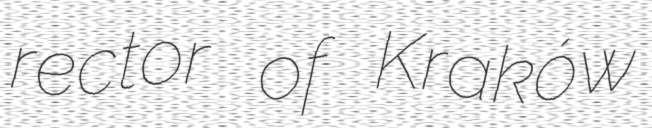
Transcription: rector of Kraków